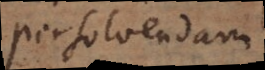
persolvendam.